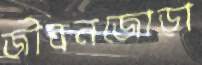
জীবনজোড়া